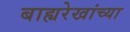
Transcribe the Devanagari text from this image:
बाह्यरेखांच्या